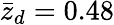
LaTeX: \bar{z}_{d}=0.48